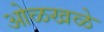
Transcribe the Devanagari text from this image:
ओळखळे